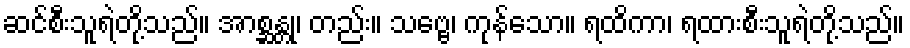
ဆင်စီးသူရဲတို့သည်။ အာစ္ဆန္တု၊ တည်း။ သဗ္ဗေ၊ ကုန်သော။ ရထိကာ၊ ရထားစီးသူရဲတို့သည်။